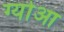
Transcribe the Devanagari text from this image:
ग्योआ